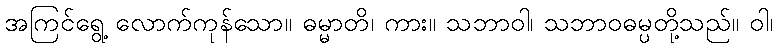
အကြင်ရွေ့ လောက်ကုန်သော။ ဓမ္မာတိ၊ ကား။ သဘာဝါ၊ သဘာဝဓမ္ပတို့သည်။ ဝါ၊